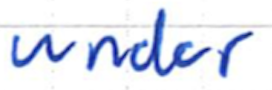
Text: under
Cross-out: clean
Writing tool: ballpoint